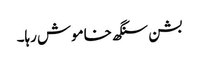
بشن سنگھ خاموش رہا۔